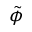
\tilde { \phi }